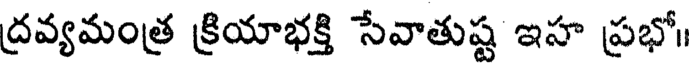
ద్రవ్యమంత్ర క్రియాభక్తి సేవాతుష్ట ఇహ ప్రభో।